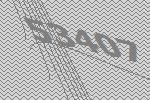
53407